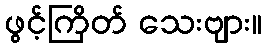
ဖွင့်ကြိတ် သေးဗျား။